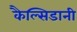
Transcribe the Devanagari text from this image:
कैल्सिडानी